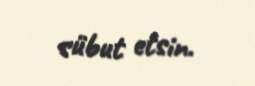
sübut etsin.